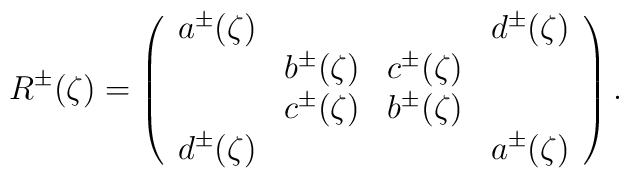
R^\pm(\zeta)=\left(\begin{array}{cccc}a^\pm(\zeta)&&&d^\pm(\zeta)\\&b^\pm(\zeta)&c^\pm(\zeta)&\\&c^\pm(\zeta)&b^\pm(\zeta)&\\d^\pm(\zeta)&&&a^\pm(\zeta)\end{array}\right).